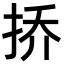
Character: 挢